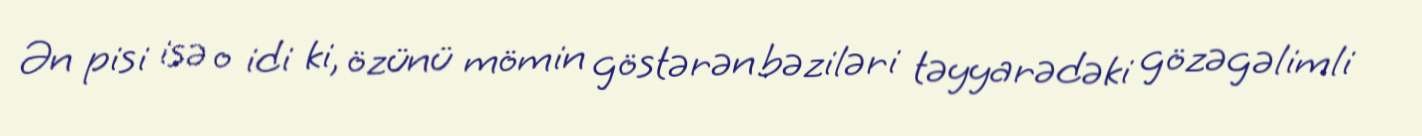
Ən pisi isə o idi ki, özünü mömin göstərən bəziləri təyyarədəki gözəgəlimli